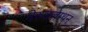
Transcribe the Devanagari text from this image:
पेरुवलाथन